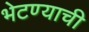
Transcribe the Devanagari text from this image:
भेटण्याची